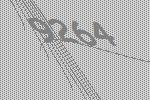
9264